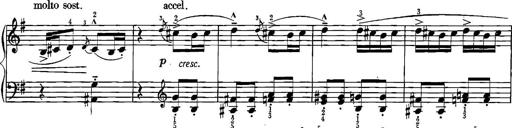
Title: Sonatina for Piano
Composer: BÃ©la BartÃ³k